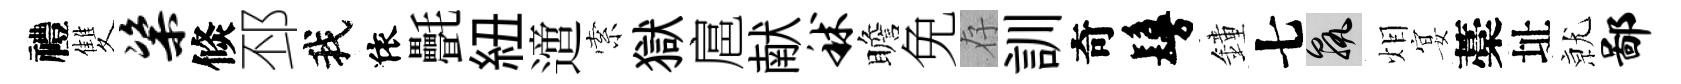
禮雙粢倐邳我依㲲紐𨗁索獄扈献秫瞻免存訓奇鬘鐘七孰𤇆宴藁址𭕒鄙